Report of the Lahore Medical School Hospital
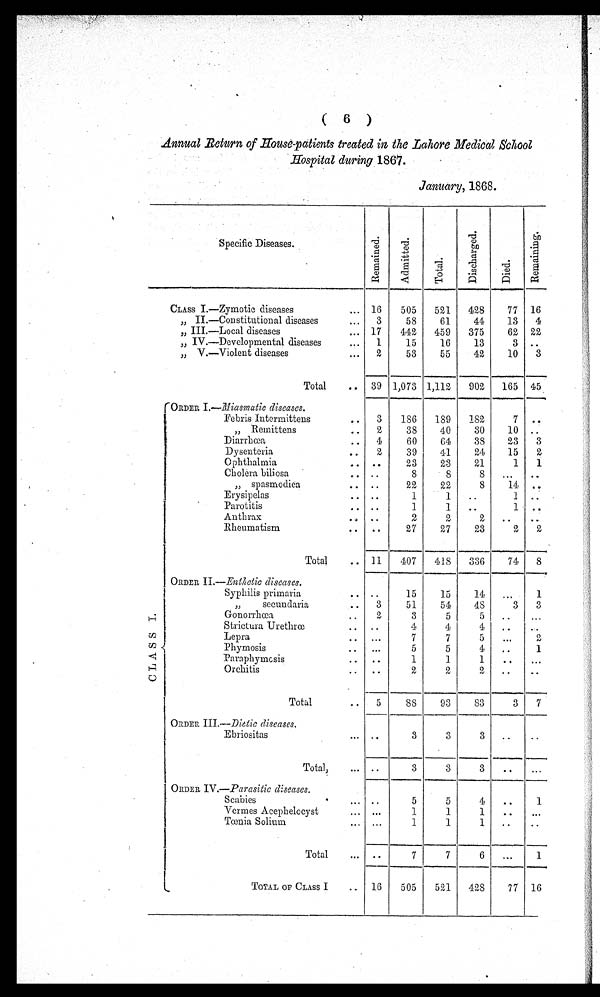
( 6 )
Annual Return of House-patients treated in the Lahore Medical School
Hospital during 1867.
January, 1868.
Specific Diseases.
R e m a i n e d .
A d m i t t e d .
T o t a l .
D i s c h a r g e d .
D i e d .
R e m a i n i n g .
CLASS I.—Zymotic diseases
. . .
16
505
521
428
77 16
" II.—Constitutional diseases
....
3
58
61
44
13
4
" III.—Local diseases
... 17
442
459
375
62 22
" IV.—Developmental diseases
1
15
16
13
3 ..
" V.—Violent diseases...
2
53
55
42
10
3
Total
.. 39 1,073 1,112
902
165 45
C l a s s I .
ORDER I.— Miasmatic diseases .
Febris Intermittens
3
186
189
182
7
" Remittens..
2
38
40
30
10 ..
Diarrhœa
..
4
60
64
38
23
3
Dysenteria..
2
39
41
24
15
2
Ophthalmia
..
. .
23
23
2 1
1
1
Cholera biliosa
.. ..
8
8
8
. . .
. .
" spasmodica
. .
.
. 22
22
8
1 4
. .
Erysipelas
.. ..
1
1
..
1 ..
Parotitis
. .
.
.
1
1
..
1 . .
Anthrax
.. ..
2
2
2
..
. .
Rheumatism
.. ..
27
27
23
2
2
Total
.. 11
407
418
336
74
8
ORDER II.— Enthetic diseases.
Syphilis primaria
..
15
15
14
...
1
"
secundaria
..
3
51
54
48
3
3
Gonorrhœa
..
2
3
5
5
..
...
Strictura Urethrœ
.. ..
4
4
4
..
...
Lepra
.. ...
7
7
5
...
2
Phymosis
..
...
5
5
4
..
1
Paraphymosis
..
.
. 1
1
1
..
. . .
Orchitis
. . . .
2
2
2
..
..
Total
..
5
88
93
83
3
7
ORDER III.—Dietic diseases .
Ebriositas
... ..
3
3
3
..
..
Total,
...
.
.
3
3
3
..
...
ORDER. IV .—Parasitic diseases .
Scabies
...
.
.
5
5
4
..
1
Vermes Acephelocyst
...
. . .
1
1
1
..
. . .
Tœnia Solium
... ...
1
1
1
..
..
Total
...
.
. 7
7
6
...
1
TOTAL OF CLASS I
.. 16
505
521
428
77 16